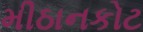
મીઠાનકોટ